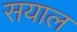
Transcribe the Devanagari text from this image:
सयाल